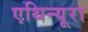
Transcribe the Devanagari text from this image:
एथिन्यूरा